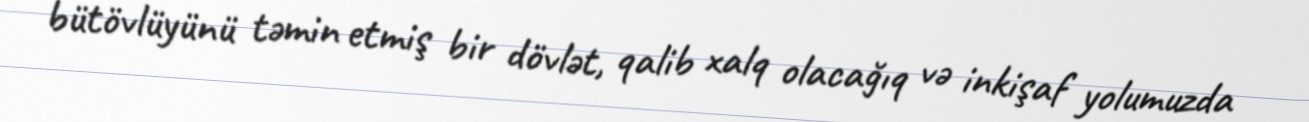
bütövlüyünü təmin etmiş bir dövlət, qalib xalq olacağıq və inkişaf yolumuzda